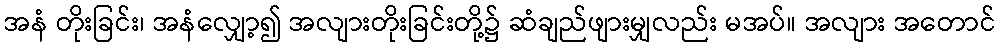
အနံ တိုးခြင်း၊ အနံလျှော့၍ အလျားတိုးခြင်းတို့၌ ဆံချည်ဖျားမျှလည်း မအပ်။ အလျား အတောင်